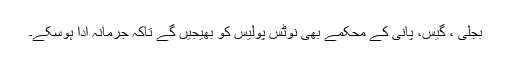
بجلی ، گیس، پانی کے محکمے بھی نوٹس پولیس کو بھیجیں گے تاکہ جرمانہ ادا ہوسکے۔